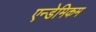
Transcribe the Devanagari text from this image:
एन्डेमिकम